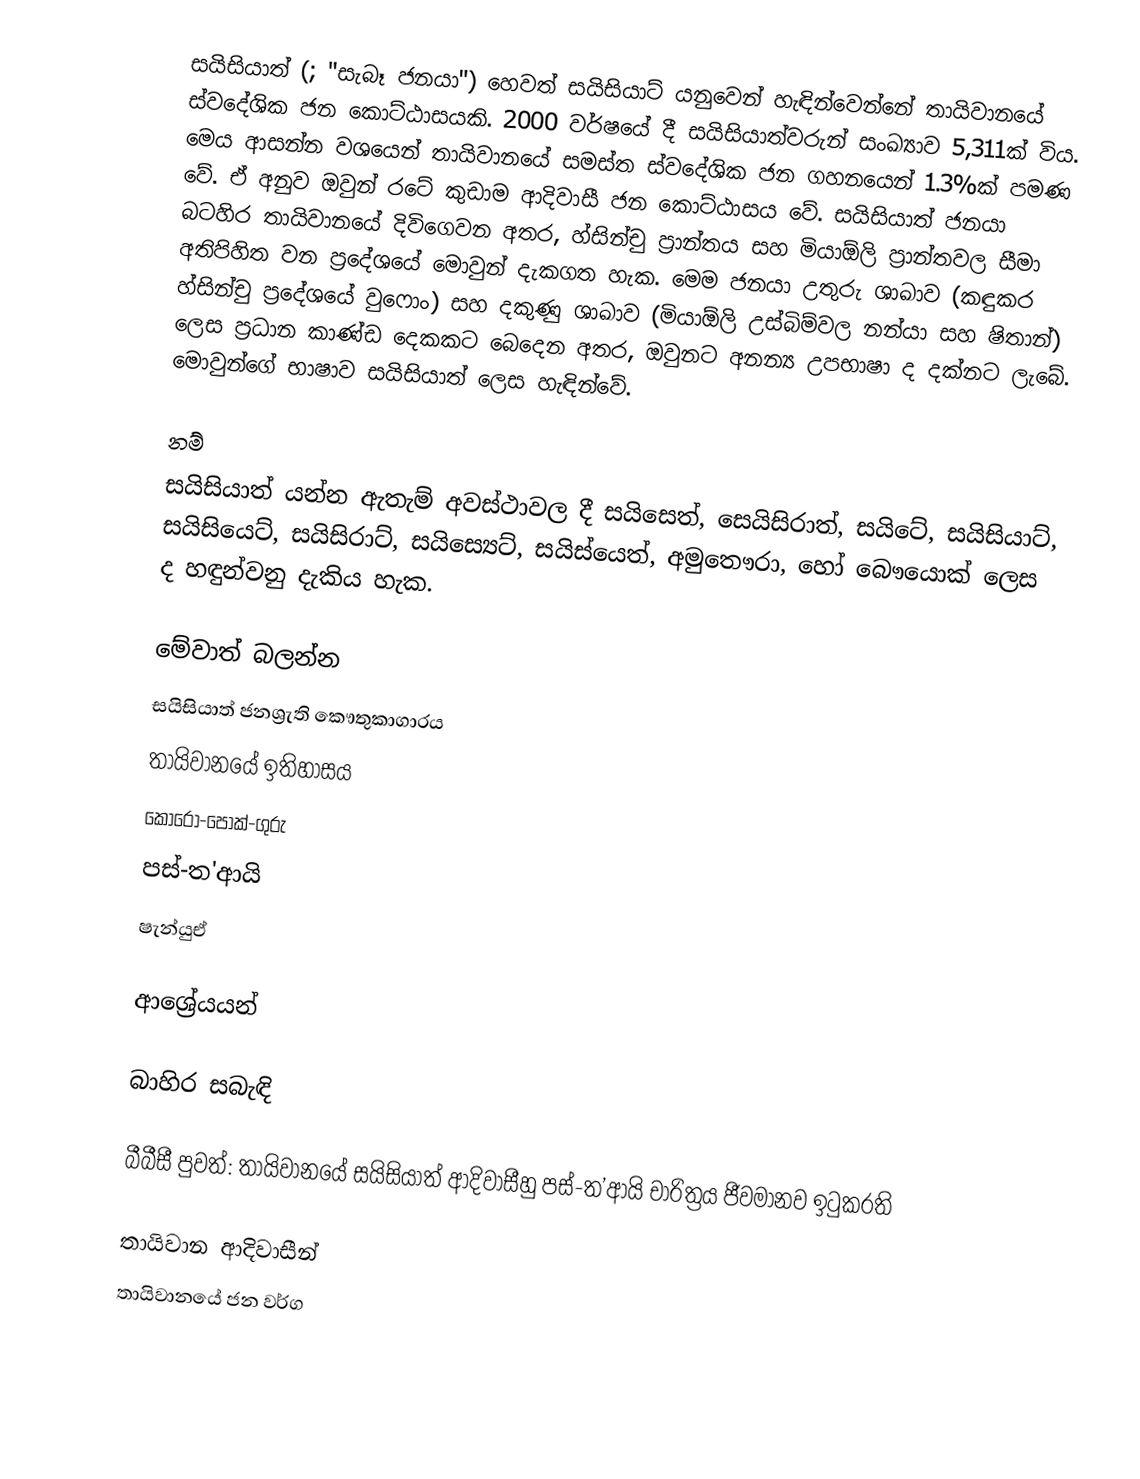
සයිසියාත් (; "සැබෑ ජනයා") හෙවත් සයිසියාට් යනුවෙන් හැඳින්වෙන්නේ තායිවානයේ ස්වදේශික ජන කොට්ඨාසයකි. 2000 වර්ෂයේ දී සයිසියාත්වරුන් සංඛ්‍යාව 5,311ක් විය. මෙය ආසන්න වශයෙන් තායිවානයේ සමස්ත ස්වදේශික ජන ගහනයෙන් 1.3%ක් පමණ වේ. ඒ අනුව ඔවුන් රටේ කුඩාම ආදිවාසී ජන කොට්ඨාසය වේ. සයිසියාත් ජනයා බටහිර තායිවානයේ දිවිගෙවන අතර, හ්සින්චු ප්‍රාන්තය සහ මියාඕලි ප්‍රාන්තවල සීමා අතිපිහිත වන ප්‍රදේශයේ මොවුන් දැකගත හැක. මෙම ජනයා උතුරු ශාඛාව (කඳුකර හ්සින්චු ප්‍රදේශයේ වුෆොං) සහ දකුණු ශාඛාව (මියාඕලි උස්බිම්වල නන්යා සහ ෂිතාන්) ලෙස ප්‍රධාන කාණ්ඩ දෙකකට බෙදෙන අතර, ඔවුනට අනන්‍ය උපභාෂා ද දක්නට ලැබේ. මොවුන්ගේ භාෂාව සයිසියාත් ලෙස හැඳින්වේ.

‍නම්
සයිසියාත් යන්න ඇතැම් අවස්ථාවල දී සයිසෙත්, සෙයිසිරාත්, සයිටේ, සයිසියාට්, සයිසියෙට්, සයිසිරාට්, සයිස්‍යෙට්, සයිස්යෙත්, අමුතෞරා, හෝ බෞයොක් ලෙස ද හඳුන්වනු දැකිය හැක.

මේවාත් බලන්න
 සයිසියාත් ජනශ්‍රැති කෞතුකාගාරය
 තායිවානයේ ඉතිහාසය
 කොරෝ-පොක්-ගුරු
 පස්-ත'ආයි
 ෂැන්යුඒ

ආශ්‍රේයයන්

බාහිර සබැඳි

 බීබීසී පුවත්: තායිවාන‍යේ සයිසියාත් ආදිවාසීහු පස්-ත’ආයි චාරිත්‍රය ජීවමානව ඉටුකරති

තායිවාන ආදිවාසීන්
තායිවානයේ ජන වර්ග